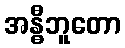
အန္ဓီဘူတော